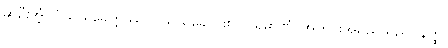
ဆိုဦးအံ့။ ဝိသယခေတ္တဿ၊ ဝိသယခေတ်၏။ ပရိမာဏံ၊ အတိုင်းအရှည်သည်။ နတ္ထိ၊